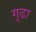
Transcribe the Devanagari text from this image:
गूढा